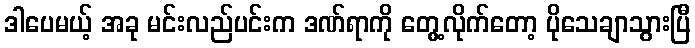
ဒါပေမယ့် အခု မင်းလည်ပင်းက ဒဏ်ရာကို တွေ့လိုက်တော့ ပိုသေချာသွားပြီ